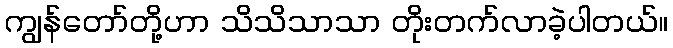
ကျွန်တော်တို့ဟာ သိသိသာသာ တိုးတက်လာခဲ့ပါတယ်။